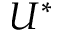
U ^ { * }